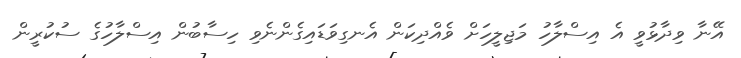
އޭނާ ވިދާޅުވީ އެ އިސްލާހު މަޖިލީހަށް ވެއްދިކަން އެނގިވަޑައިގެންނެވި ހިސާބުން އިސްލާހުގެ ސުކުރީން